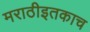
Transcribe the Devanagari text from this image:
मराठीइतकाच